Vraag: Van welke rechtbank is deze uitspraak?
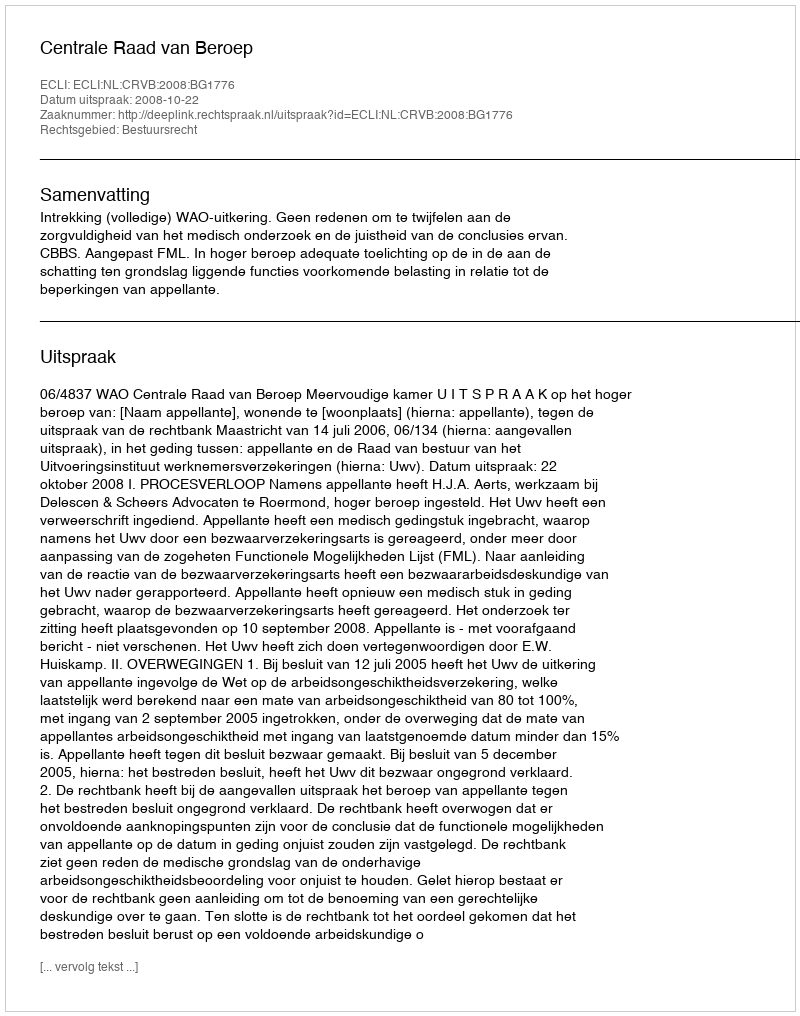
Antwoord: Centrale Raad van Beroep